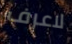
لاعرف